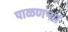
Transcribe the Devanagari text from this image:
पाळणऱ्या